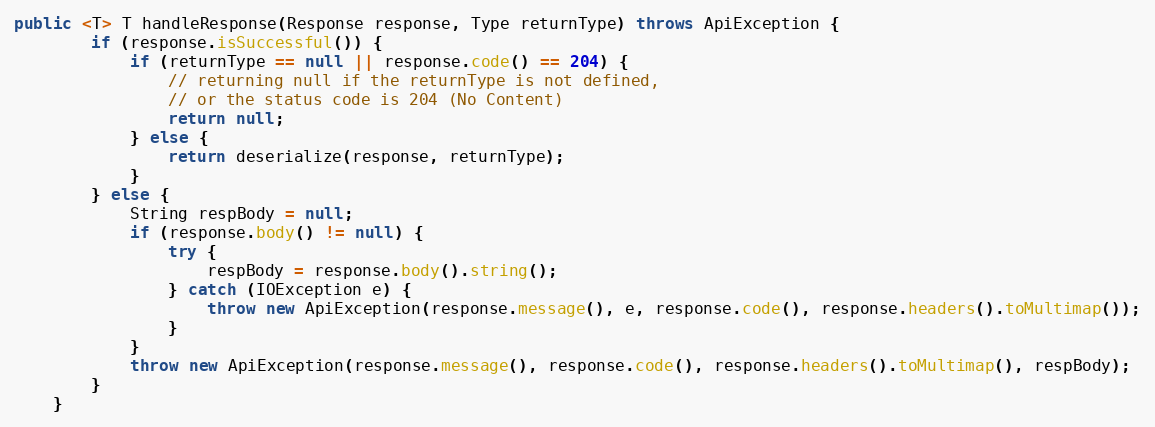
Language: Java
public <T> T handleResponse(Response response, Type returnType) throws ApiException {
        if (response.isSuccessful()) {
            if (returnType == null || response.code() == 204) {
                // returning null if the returnType is not defined,
                // or the status code is 204 (No Content)
                return null;
            } else {
                return deserialize(response, returnType);
            }
        } else {
            String respBody = null;
            if (response.body() != null) {
                try {
                    respBody = response.body().string();
                } catch (IOException e) {
                    throw new ApiException(response.message(), e, response.code(), response.headers().toMultimap());
                }
            }
            throw new ApiException(response.message(), response.code(), response.headers().toMultimap(), respBody);
        }
    }